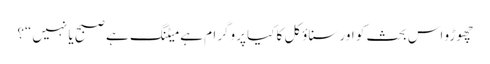
چھوڑو اس بحث کو اور سناؤکل کا کیا پروگرام ہے میٹنگ ہے صبح یا نہیں“؟